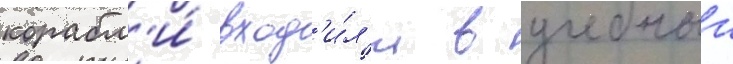
корабл'и́ вход'и́л'и в учебныи